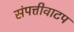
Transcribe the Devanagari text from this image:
संपत्तीवाटप